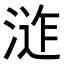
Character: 𭱕